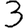
Digit: 3